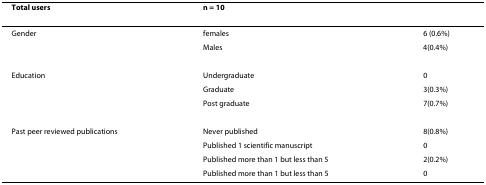
<table><thead><tr><td><b>Total users</b></td><td><b>n = 10</b></td><td></td></tr></thead><tbody><tr><td>Gender</td><td>females</td><td>6 (0.6%)</td></tr><tr><td></td><td>Males</td><td>4(0.4%)</td></tr><tr><td>Education</td><td>Undergraduate</td><td>0</td></tr><tr><td></td><td>Graduate</td><td>3(0.3%)</td></tr><tr><td></td><td>Post graduate</td><td>7(0.7%)</td></tr><tr><td>Past peer reviewed publications</td><td>Never published</td><td>8(0.8%)</td></tr><tr><td></td><td>Published 1 scientific manuscript</td><td>0</td></tr><tr><td></td><td>Published more than 1 but less than 5</td><td>2(0.2%)</td></tr><tr><td></td><td>Published more than 1 but less than 5</td><td>0</td></tr></tbody></table>